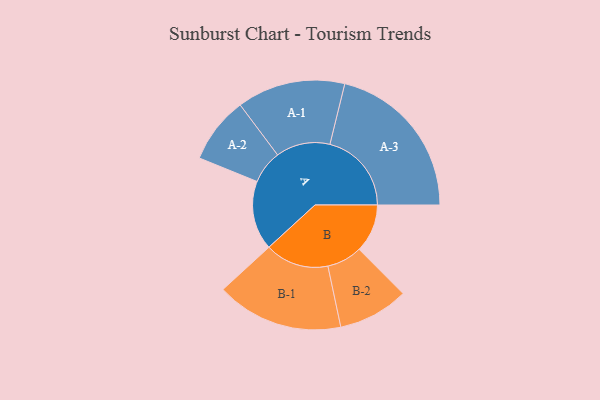
{"axis": {"x": "Segment", "y": "Value"}, "legend": ["", "A", "B"], "data": [{"x": "A", "y": 212, "type": ""}, {"x": "B", "y": 148, "type": ""}, {"x": "A-1", "y": 166, "type": "A"}, {"x": "A-2", "y": 102, "type": "A"}, {"x": "A-3", "y": 250, "type": "A"}, {"x": "B-1", "y": 195, "type": "B"}, {"x": "B-2", "y": 108, "type": "B"}]}